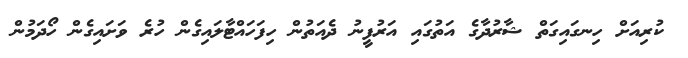
ކުރިއަށް ހިނގައިގަތް ޝާރުދާގެ އަތުގައި އަރުފީނު ދެއަތުން ހިފަހައްޓާލައިގެން ހުރެ ވަށައިގެން ހޯދަމުން